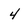
Character: 4